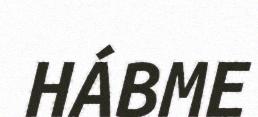
HÁBME